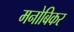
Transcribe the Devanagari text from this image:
मनोबिकर